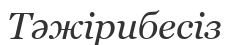
Тәжірибесіз